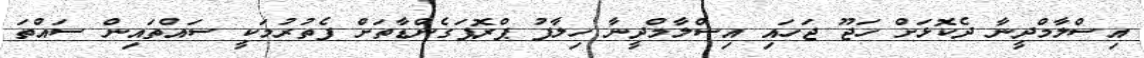
އިސްލާމްދީނާ ދެކޮޅަށް ހަޖޫ ޖަހައި އިސްލާމްދީނާ ހިލާފު ޕްރޮޕަގެންޑާތަށް ފެތުރުމަކީ ސައްތައިން ސައްތަ